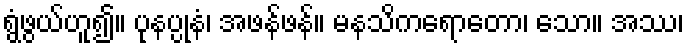
ရွံဖွယ်ဟူ၍။ ပုနပ္ပုနံ၊ အဖန်ဖန်။ မနသိကရောတော၊ သော။ အဿ၊